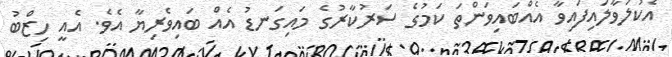
އެކުލަވާލައިފައިވާ އެއްބައިވަންތަ ކަމުގެ ސަރުކާރުގެ މައިގަނޑު އެއް ބައިވެރިޔާ އެވެ. އެއީ ހިޒްބު